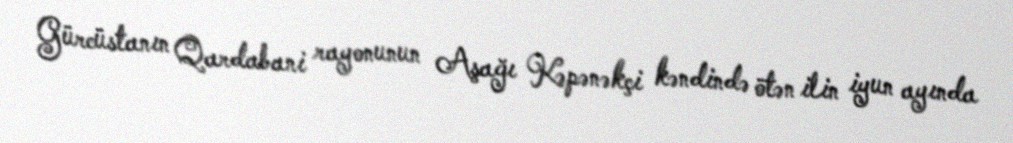
Gürcüstanın Qardabani rayonunun Aşağı Kəpənəkçi kəndində ötən ilin iyun ayında